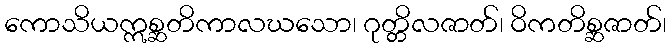
ကောသိယဣစ္ဆတိကာလဃသော၊ ဂုတ္တိလဇာတ်၊ ဝိကတိစ္ဆဇာတ်၊